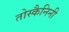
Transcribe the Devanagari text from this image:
तोस्कैनिनी